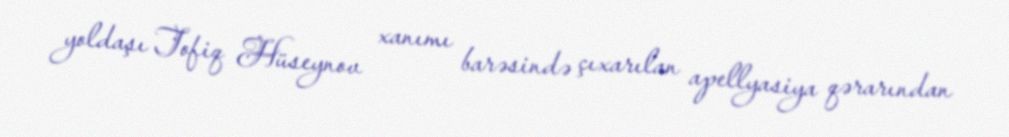
yoldaşı Tofiq Hüseynov xanımı barəsində çıxarılan apellyasiya qərarından